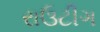
રાઉટીગ